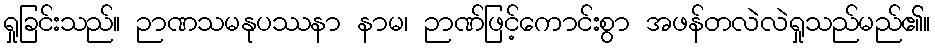
ရှုခြင်းသည်။ ဉာဏသမနုပဿနာ နာမ၊ ဉာဏ်ဖြင့်ကောင်းစွာ အဖန်တလဲလဲရှုသည်မည်၏။